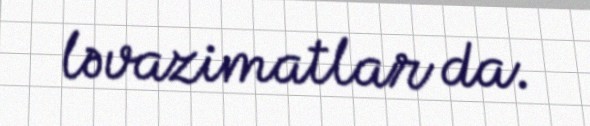
ləvazimatlar da.